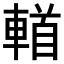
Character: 𨍣